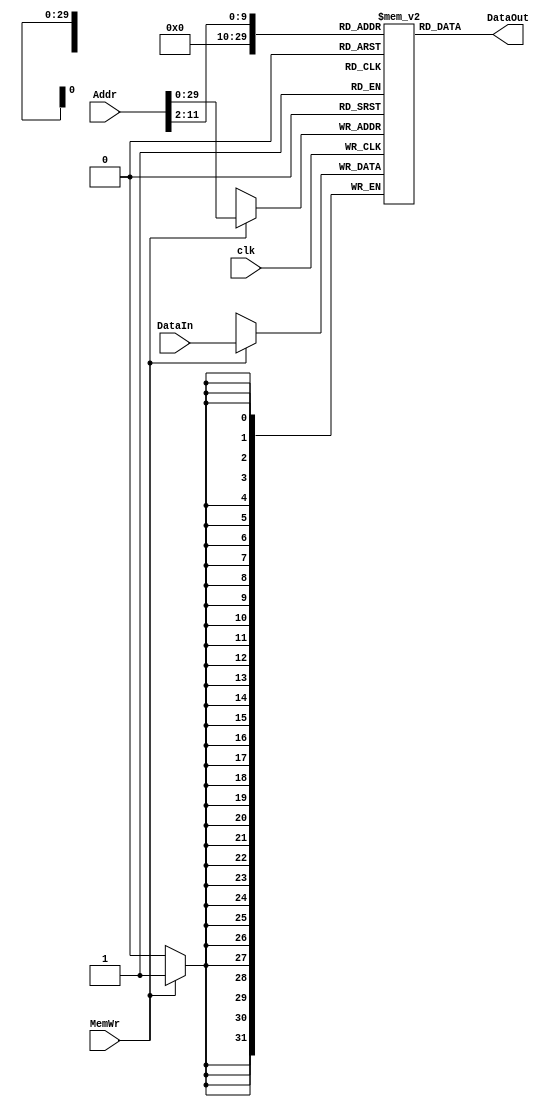
module dm_4G(Addr,DataIn,MemWr,clk,DataOut);
	input  [31:0] Addr ; 	// address bus
	input  [31:0] DataIn ; 	// 32-bit input data
	input 		  MemWr ; 	 	// memory write enable
	input 		  clk ; 	// clock
	output [31:0] DataOut ; 	// 32-bit memory output
	reg    [31:0] dm[1073741823:0];
	
	
	integer i;
	initial
	begin
    for(i = 0 ; i < 1024 ; i = i + 1)
		dm[i] = 32'h00000000;
	end
	
	assign DataOut = dm[Addr[11:2]];//read
	
	always @(posedge clk)
	begin
		if(MemWr == 1)
			dm[Addr] <= DataIn;//write
	end
	
endmodule